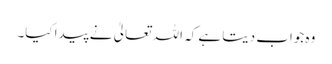
وہ جواب دیتا ہے کہ اللہ تعالیٰ نے پیدا کیا۔